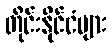
တိုင်းနိုင်ငံများ